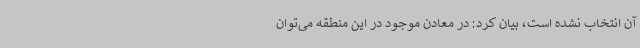
آن انتخاب نشده است، بیان کرد: در معادن موجود در این منطقه می‌توان